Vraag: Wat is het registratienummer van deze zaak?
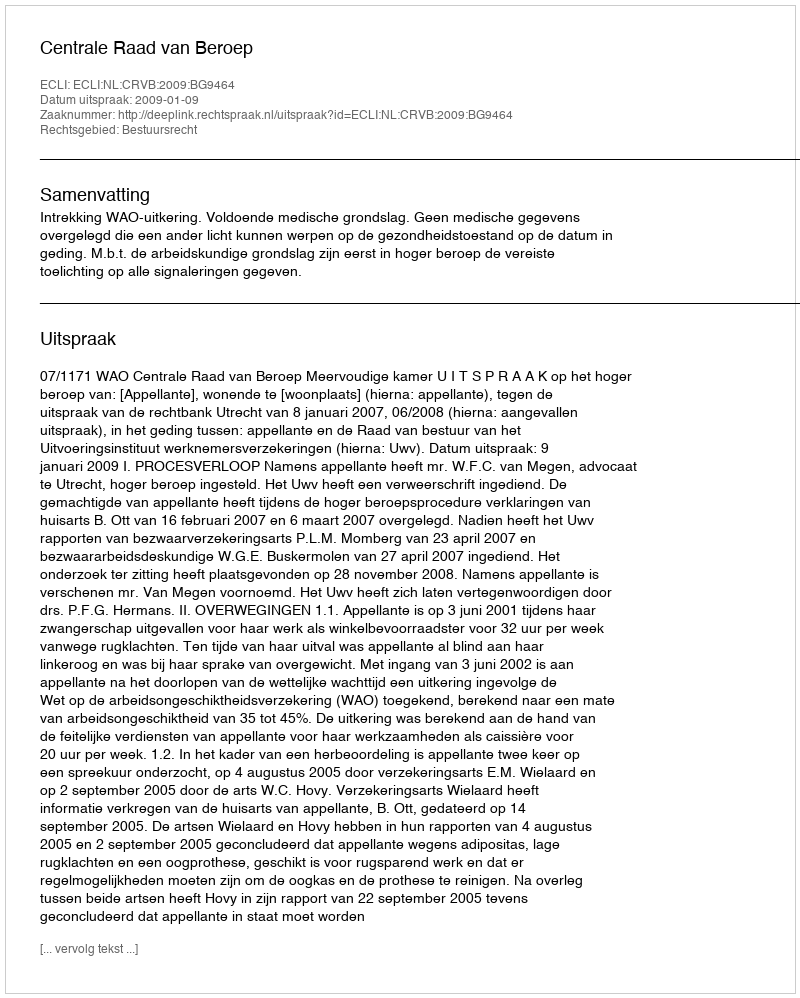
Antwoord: http://deeplink.rechtspraak.nl/uitspraak?id=ECLI:NL:CRVB:2009:BG9464